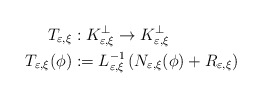
\begin{align*}T_{\varepsilon,\xi} & :K_{\varepsilon,\xi}^{\bot}\rightarrow K_{\varepsilon,\xi}^{\bot}\\T_{\varepsilon,\xi}(\phi) & :=L_{\varepsilon,\xi}^{-1}\left( N_{\varepsilon,\xi}(\phi)+R_{\varepsilon,\xi}\right)\end{align*}